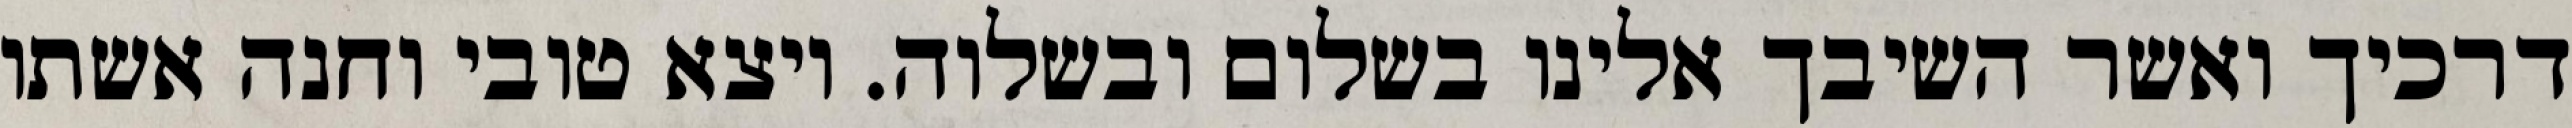
דרכיך ואשר השיבך אלינו בשלום ובשלוה. ויצא טובי וחנה אשתו